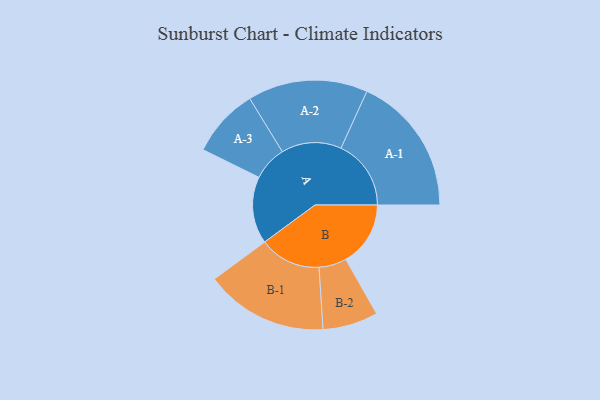
{"axis": {"x": "Segment", "y": "Value"}, "legend": ["", "A", "B"], "data": [{"x": "A", "y": 286, "type": ""}, {"x": "B", "y": 276, "type": ""}, {"x": "A-1", "y": 299, "type": "A"}, {"x": "A-2", "y": 256, "type": "A"}, {"x": "A-3", "y": 147, "type": "A"}, {"x": "B-1", "y": 262, "type": "B"}, {"x": "B-2", "y": 118, "type": "B"}]}